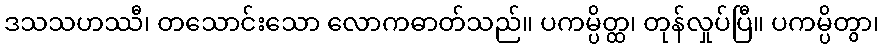
ဒသသဟဿီ၊ တသောင်းသော လောကဓာတ်သည်။ ပကမ္ပိတ္ထ၊ တုန်လှုပ်ပြီ။ ပကမ္ပိတွာ၊